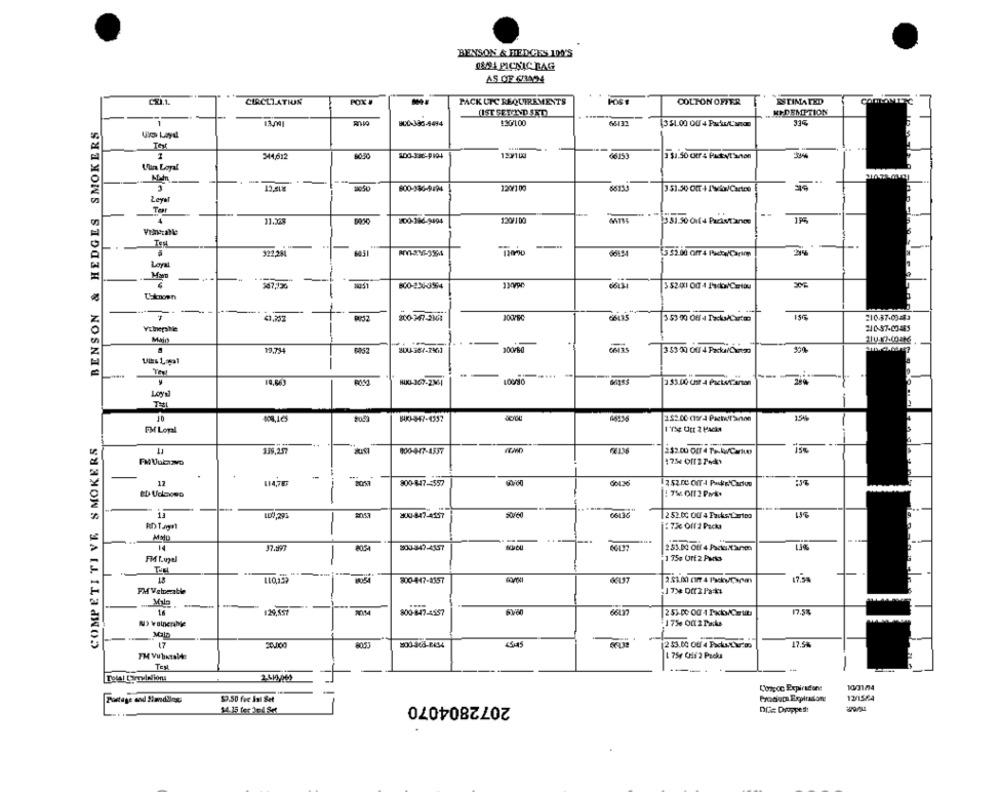
BENSON & FEDCES ID0'S
ISSA PICNIC BAG
AS OF CRA24
C2.1.
CIRCULATION
POX #
PACK UTC REQUIREMENTS
COLTON OFFER
ESTIMATED
COULONETC
(IST SETMAND SET)
DEMPTION
BENSON & HEDGES SMOKERS
13.001
BCC-386-4494
$30/100
65131
Uio Laydl
344,612
60.50
500.336.9104
$ $1.50 our : PatyT'anon
Ulin Loyal
1050
600-186-9794
120/100
351.50 OfT + /\co/Cartes
Legal
Tear
4
11.55
200-386-9494
120/1 00
381.50 01f 4 PacksTance
922,284
Loyal
....
600-234-3964
THiknoen
-
41.752
66415
210.37-03-43
13.71
200/80
-
LOUNO
-
355.00 Cht 4 Packofcarton
Loyal
2052
BU ---- 47-4357
1.5%
FM Lopal
I Tre Orr 2 Packs
COMPETITIVE SMOKERS
11
000-9-17-1337
2$2.00 00 4 THkw/Carte
11
800-847-557
13
LDV,295
30-847-4187
252.00 OU 4 Facks Carico
15%
RD Tagnl
--
253.00 Off 4 Packs/faren
FM Lugel
-
1 75s Urf2 Paris
800-447-4557
16
-
129.557
17.55
800-8-47-4557
253-D0 00 4 1xb/Ce it
NS ValnerMe
17% Of 2 Packs
Mala
17.5%
17
8053
1 75, Cris 2 Packs
TEM
-
L'onpoc Expiradone
1001/4
2072804070
Postage and 2lavdling:
$2.50 fue Inl Set
14.15 for Jel Set
DC= Dapped!